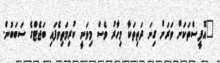
"އޮފީސްތަކަށް ވަރަށް ގިނަ ދަތިތަކާ މިހާރު ވެސް މިވަނީ ކުރިމަތިވެފައި ބަޖެޓްގެ ސަބަބުން.